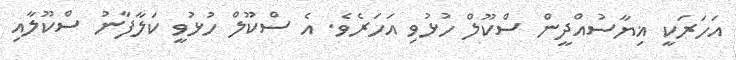
އަހަރަކީ ޣިޔާސުއްދީން ސްކޫލް ހުޅުވި އަހަރެވެ. އެ ސްކޫލް ހުޅުވީ ކަލާފާނު ސްކޫލާއި